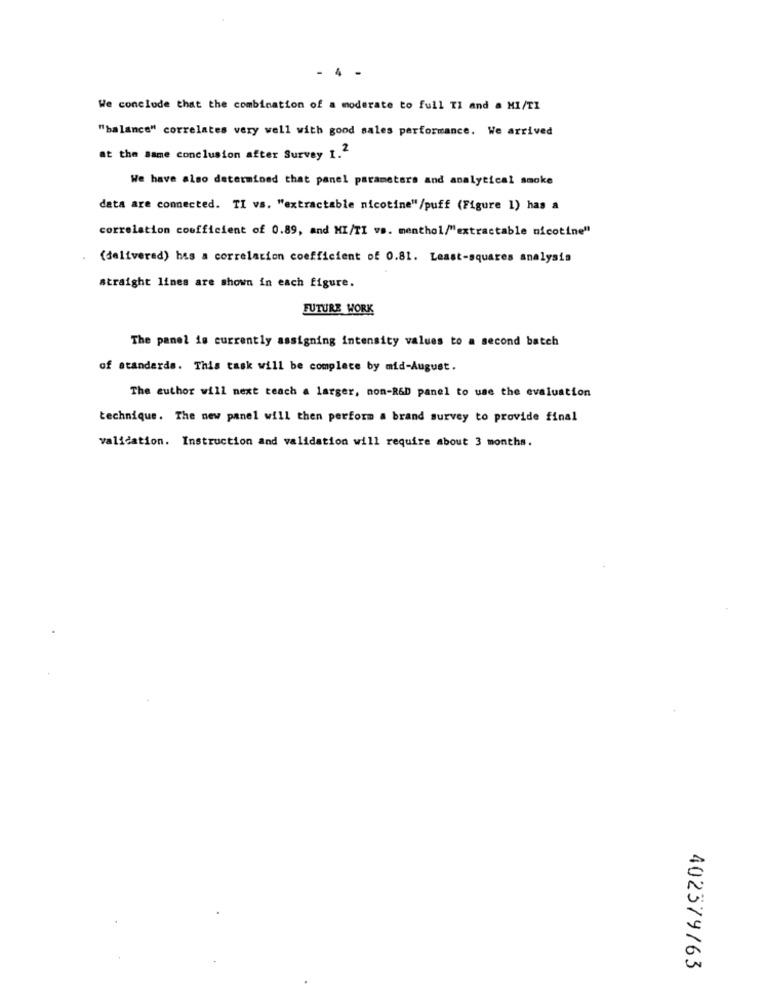
- 4 -
We conclude that the combination of a moderate to full TI and a MI/TI
"balance" correlates very well with good sales performance. We arrived
at the same conclusion after Survey 1.2
We have also determined that panel parameters and analytical smoke
data are connected. TI vs. "extractable nicotine"/puff (Figure 1) has a
correlation coefficient of 0.89, and MI/TI vs. menthol/"extractable nicotine"
(delivered) has a correlation coefficient of 0.81. Least-squares analysis
straight lines are shown in each figure.
FUTURE WORK
The panel is currently assigning intensity values to a second batch
of standards. This task will be complete by mid-August.
The author will next teach a larger, non-R&D panel to use the evaluation
technique. The new panel will then perform a brand survey to provide final
validation. Instruction and validation will require about 3 months.
402379/63